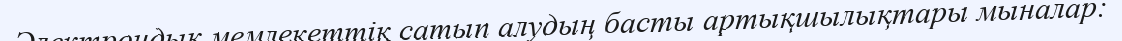
Электрондық мемлекеттік сатып алудың басты артықшылықтары мыналар: